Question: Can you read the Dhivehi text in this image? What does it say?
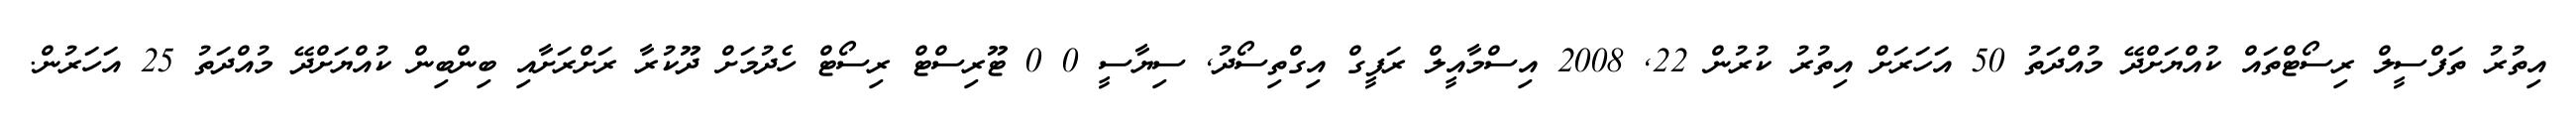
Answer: އިތުރު ތަފްސީލް ރިސޯޓްތައް ކުއްޔަށްދޭ މުއްދަތު 50 އަހަރަށް އިތުރު ކުރުން 22, 2008 އިސްމާއީލް ރަފީގް އިގްތިސޯދު, ސިޔާސީ 0 0 ޓޫރިސްޓް ރިސޯޓް ހެދުމަށް ދޫކުރާ ރަށްރަށާއި ބިންބިން ކުއްޔަށްދޭ މުއްދަތު 25 އަހަރުން.